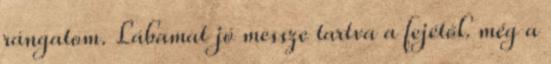
rángatom. Lábamat jó messze tartva a fejétől. még a